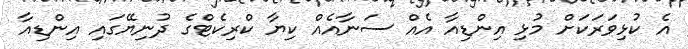
އެ ކުޅިވަރަކަށް މުޅި އިންޑިއާ އެއް ސަނާއެއް ކިޔާ ކްރިކެޓްގެ ދުނިޔޭގައި އިންޑިއާ